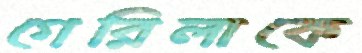
গেরিলাকে